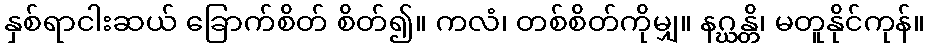
နှစ်ရာငါးဆယ် ခြောက်စိတ် စိတ်၍။ ကလံ၊ တစ်စိတ်ကိုမျှ။ နဂ္ဃန္တိ၊ မတူနိုင်ကုန်။